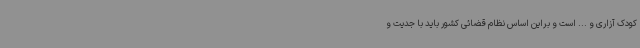
کودک آزاری و ... است و براین اساس نظام قضائی کشور باید با جدیت و